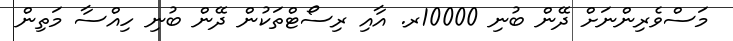
މަސްވެރިންނަށް ދޭން ބުނި 10000ރ. އާއި ރިސޯޓްތަކުން ދޭން ބުނި ހިއްސާ މަތިން